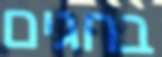
בחגים